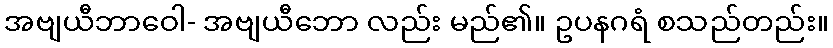
အဗျယီဘာဝေါ- အဗျယီဘော လည်း မည်၏။ ဥပနဂရံ စသည်တည်း။